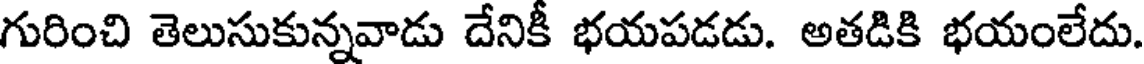
గురించి తెలుసుకున్నవాడు దేనికీ భయపడడు. అతడికి భయంలేదు.